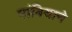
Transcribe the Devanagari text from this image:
गांबियाने